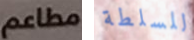
مطاعم للسلطة